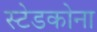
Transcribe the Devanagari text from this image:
स्टेडकोना